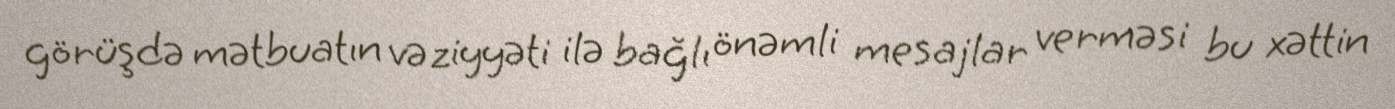
görüşdə mətbuatın vəziyyəti ilə bağlı önəmli mesajlar verməsi bu xəttin